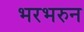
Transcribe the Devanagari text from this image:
भरभरुन